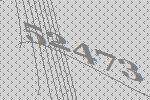
52473